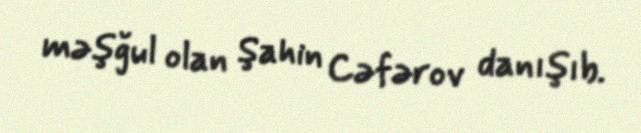
məşğul olan Şahin Cəfərov danışıb.